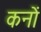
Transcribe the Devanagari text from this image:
कनों